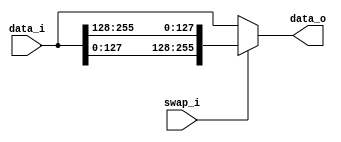
module bsg_swap_width_p128
(
  data_i,
  swap_i,
  data_o
);

  input [255:0] data_i;
  output [255:0] data_o;
  input swap_i;
  wire [255:0] data_o;
  wire N0,N1,N2;
  assign data_o = (N0)? { data_i[127:0], data_i[255:128] } : 
                  (N1)? data_i : 1'b0;
  assign N0 = swap_i;
  assign N1 = N2;
  assign N2 = ~swap_i;

endmodule